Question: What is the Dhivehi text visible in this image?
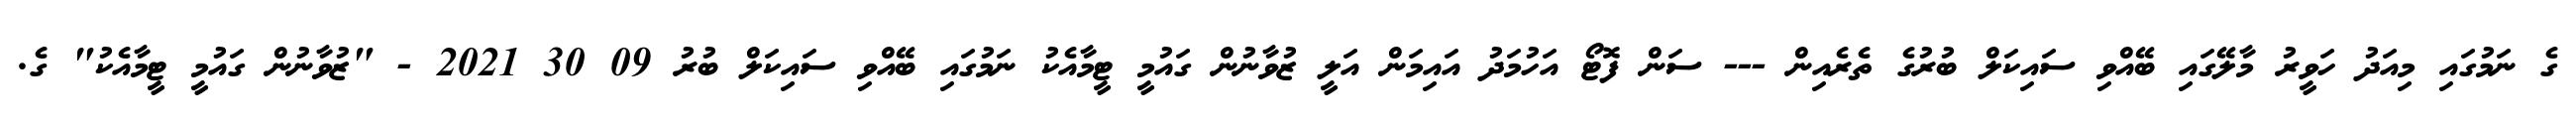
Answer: ގެ ނަމުގައި މިއަދު ހަވީރު މާލޭގައި ބޭއްވި ސައިކަލް ބުރުގެ ތެރެއިން --- ސަން ފޮޓޯ އަހުމަދު އައިމަން އަލީ ޒުވާނުން ގައުމީ ޓީމާއެކު ނަމުގައި ބޭއްވި ސައިކަލް ބުރު 09 30 2021 - "ޒުވާނުން ގައުމީ ޓީމާއެކު" ގެ.